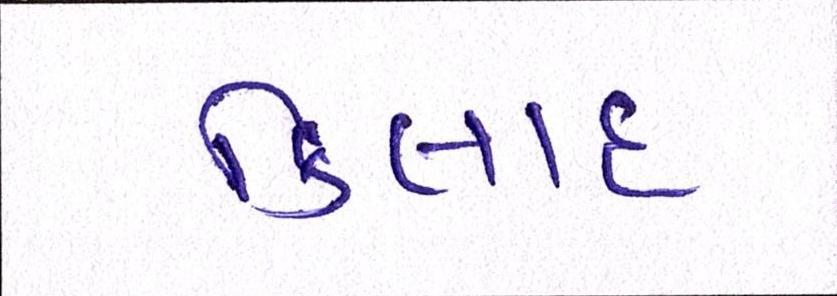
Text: કિલાદ